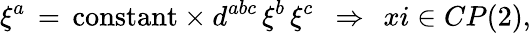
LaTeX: \xi^{a}\, =\, \mathrm{constant}\times d^{abc}\, \xi^{b}\, \xi^{c}\ \ \Rightarrow\ \, xi\in CP(2),